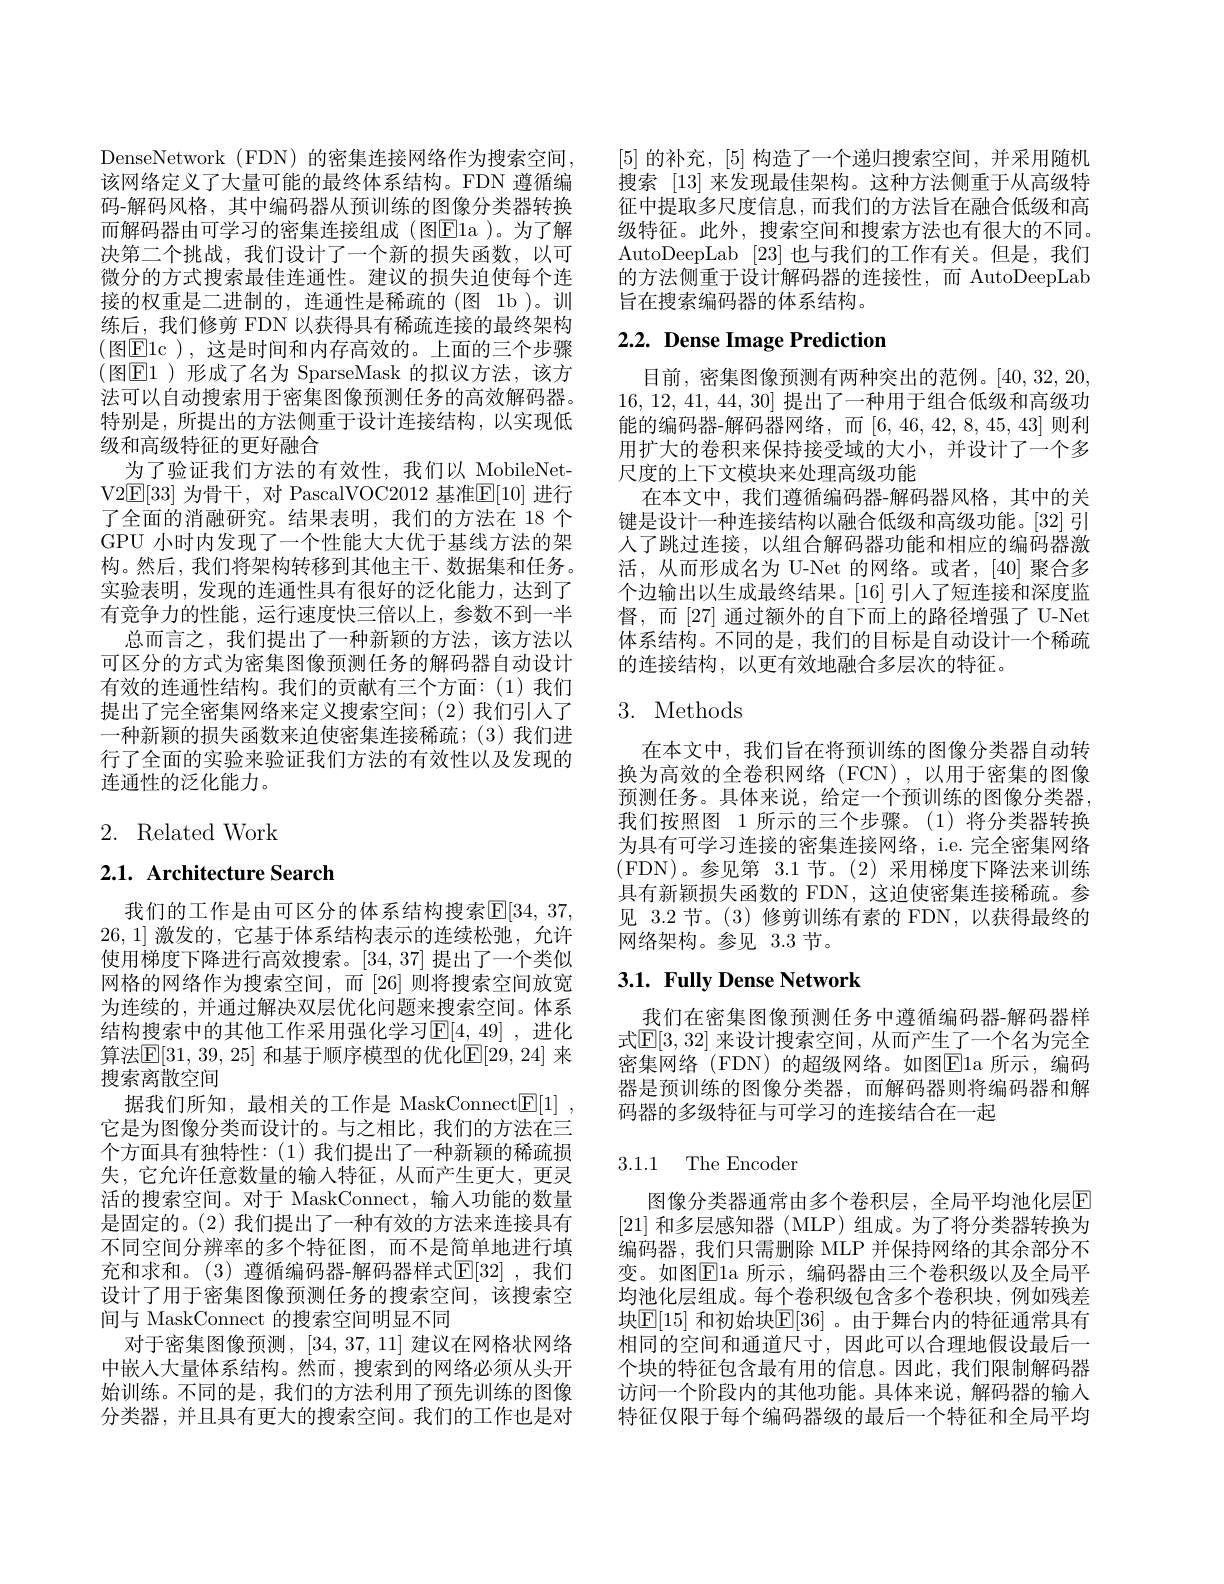
DenseNetwork (FDN) 的密集连接网络作为搜索空间， 该网络定义了大量可能的最终体系结构。FDN 遵循编码-解码风格，其中编码器从预训练的图像分类器转换而解码器由可学习的密集连接组成(图$\overline{\mathrm{E}}$la )。为了解决第二个挑战，我们设计了一个新的损失函数，以可微分的方式搜索最佳连通性。建议的损失迫使每个连接的权重是二进制的，连通性是稀疏的(图 1b)。训练后，我们修剪 FDN 以获得具有稀疏连接的最终架构(图E1c ),这是时间和内存高效的。上面的三个步骤(图$\mathbb{E}1$ )形成了名为 SparseMask 的拟议方法，该方法可以自动搜索用于密集图像预测任务的高效解码器。特别是，所提出的方法侧重于设计连接结构，以实现低级和高级特征的更好融合
为了验证我们方法的有效性，我们以 MobileNetV2E[33] 为骨干，对 PascalVOC2012 基准E[10] 进行了全面的消融研究。结果表明，我们的方法在 18 个GPU 小时内发现了一个性能大大优于基线方法的架构。然后，我们将架构转移到其他主干、数据集和任务。实验表明，发现的连通性具有很好的泛化能力，达到了有竞争力的性能，运行速度快三倍以上，参数不到一半
总而言之，我们提出了一种新颖的方法，该方法以可区分的方式为密集图像预测任务的解码器自动设计有效的连通性结构。我们的贡献有三个方面：(1)我们提出了完全密集网络来定义搜索空间；(2)我们引入了一种新颖的损失函数来迫使密集连接稀疏；(3)我们进行了全面的实验来验证我们方法的有效性以及发现的连通性的泛化能力。

# 2. Related Work

# 2.1. Architecture Search

我们的工作是由可区分的体系结构搜索$\mathbb{E}[34,37$, 26,1]激发的，它基于体系结构表示的连续松驰，允许使用梯度下降进行高效搜索。[34,37]提出了一个类似网格的网络作为搜索空间，而 [26]则将搜索空间放宽为连续的，并通过解决双层优化问题来搜索空间。体系结构搜索中的其他工作采用强化学习$\mathbb{E}[4,49]$ ,进化算法$\mathbb{E}[31,39,25]$ 和基于顺序模型的优化$\mathbb{E}[29,24]$ 来搜索离散空间
据我们所知，最相关的工作是 MaskConnect$\underline {\mathrm{E} }[ 1]$ , 它是为图像分类而设计的。与之相比，我们的方法在三个方面具有独特性：(1)我们提出了一种新颖的稀疏损失，它允许任意数量的输入特征，从而产生更大，更灵活的搜索空间。对于 MaskConnect, 输入功能的数量是固定的。(2) 我们提出了一种有效的方法来连接具有不同空间分辨率的多个特征图，而不是简单地进行填充和求和。(3) 遵循编码器-解码器样式$\operatorname{E}[32]$ ,我们设计了用于密集图像预测任务的搜索空间，该搜索空间与 MaskConnect 的搜索空间明显不同
对于密集图像预测，[34,37,11]建议在网格状网络中嵌人大量体系结构。然而，搜索到的网络必须从头开始训练。不同的是，我们的方法利用了预先训练的图像分类器，并且具有更大的搜索空间。我们的工作也是对

[5]的补充，[5]构造了一个递归搜索空间，并采用随机搜索 [13] 来发现最佳架构。这种方法侧重于从高级特征中提取多尺度信息，而我们的方法旨在融合低级和高级特征。此外，搜索空间和搜索方法也有很大的不同。AutoDeepLab [23]也与我们的工作有关。但是，我们的方法侧重于设计解码器的连接性，而 AutoDeepLab 旨在搜索编码器的体系结构。

# 2.2. Dense Image Prediction

目前，密集图像预测有两种突出的范例。[40,32,20, 16, 12, 41, 44, 30]提出了一种用于组合低级和高级功能的编码器-解码器网络，而[6,46,42,8,45,43]则利用扩大的卷积来保持接受域的大小，并设计了一个多尺度的上下文模块来处理高级功能
在本文中，我们遵循编码器-解码器风格，其中的关键是设计一种连接结构以融合低级和高级功能。[32] 引人了跳过连接，以组合解码器功能和相应的编码器激活，从而形成名为 U-Net 的网络。或者，[40]聚合多个边输出以生成最终结果。[16]引人了短连接和深度监督，而[27] 通过额外的自下而上的路径增强了 U-Net 体系结构。不同的是，我们的目标是自动设计一个稀疏的连接结构，以更有效地融合多层次的特征。

# 3. Methods

在本文中，我们旨在将预训练的图像分类器自动转换为高效的全卷积网络(FCN),以用于密集的图像预测任务。具体来说，给定一个预训练的图像分类器， 我们按照图 1 所示的三个步骤。(1)将分类器转换为具有可学习连接的密集连接网络，i.e. 完全密集网络(FDN)。参见第 3.1 节。(2) 采用梯度下降法来训练具有新颖损失函数的 FDN,这迫使密集连接稀疏。参见 3.2 节。(3) 修剪训练有素的 FDN,以获得最终的网络架构。参见 3.3节。

# 3.1. Fully Dense Network

我们在密集图像预测任务中遵循编码器-解码器样式$\mathbb{E}[3,32]$ 来设计搜索空间，从而产生了一个名为完全密集网络 (FDN) 的超级网络。如图$\boxed{\mathrm{E}}1$a 所示，编码器是预训练的图像分类器，而解码器则将编码器和解码器的多级特征与可学习的连接结合在一起

## 3.1.1 The Encoder

图像分类器通常由多个卷积层，全局平均池化层$\color{red}{\mathrm{E}}$ [21]和多层感知器 (MLP)组成。为了将分类器转换为编码器，我们只需删除 MLP 并保持网络的其余部分不变。如图$\boxed{\mathrm{E}}$la 所示，编码器由三个卷积级以及全局平均池化层组成。每个卷积级包含多个卷积块，例如残差块$\boxed{\mathbb{E}}[15]$ 和初始块$\boxed{\mathbb{E}}[36]$ 。由于舞台内的特征通常具有相同的空间和通道尺寸，因此可以合理地假设最后一个块的特征包含最有用的信息。因此，我们限制解码器访问一个阶段内的其他功能。具体来说，解码器的输入特征仅限于每个编码器级的最后一个特征和全局平均